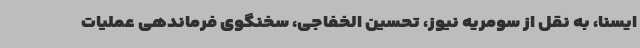
ایسنا، به نقل از سومریه نیوز، تحسین الخفاجی، سخنگوی فرماندهی عملیات